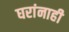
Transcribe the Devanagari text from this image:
घरांनाही